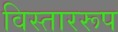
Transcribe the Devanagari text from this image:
विस्ताररूप